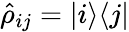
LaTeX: \hat{\rho}_{ij}=|i\rangle\langle j|